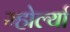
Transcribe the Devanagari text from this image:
म्होर्ल्या